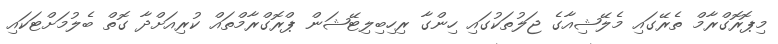
މިޕޮރޮގްރާމް ތެރޭގައި މެލޭޝިއާގެ ޖަލުތަކުގައި ހިންގާ ރިހިބިލިޓޭޝަން ޕްރޮގްރާމްތައް ކުރިއަށްދާ ގޮތް ބެލުމަށްޓަކައި